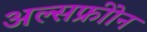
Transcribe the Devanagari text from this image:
अल्सफ्रीोन